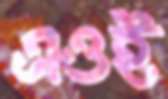
এওই